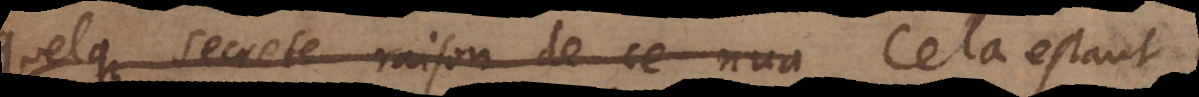
quelque secrete raison de ce nua Cela estant